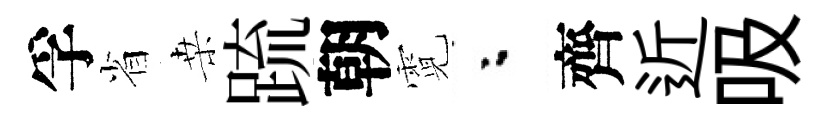
孚省桒䟽朝霓粉齊近吸